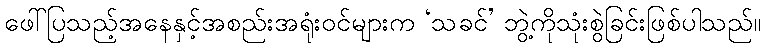
ဖေါ်ပြသည့်အနေနှင့်အစည်းအရုံးဝင်များက ‘သခင်’ ဘွဲ့ကိုသုံးစွဲခြင်းဖြစ်ပါသည်။